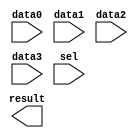
// megafunction wizard: %LPM_MUX%VBB%
// GENERATION: STANDARD
// VERSION: WM1.0
// MODULE: lpm_mux 

// ============================================================
// Megafunction Name(s):
// 			lpm_mux
//
// Simulation Library Files(s):
// 			lpm
// ============================================================
// ************************************************************
// THIS IS A WIZARD-GENERATED FILE. DO NOT EDIT THIS FILE!
//
// 9.0 Build 132 02/25/2009 SJ Web Edition
// ************************************************************

//Copyright (C) 1991-2009 Altera Corporation
//Your use of Altera Corporation's design tools, logic functions 
//and other software and tools, and its AMPP partner logic 
//functions, and any output files from any of the foregoing 
//(including device programming or simulation files), and any 
//associated documentation or information are expressly subject 
//to the terms and conditions of the Altera Program License 
//Subscription Agreement, Altera MegaCore Function License 
//Agreement, or other applicable license agreement, including, 
//without limitation, that your use is for the sole purpose of 
//programming logic devices manufactured by Altera and sold by 
//Altera or its authorized distributors.  Please refer to the 
//applicable agreement for further details.

module mux41_1bit (
	data0,
	data1,
	data2,
	data3,
	sel,
	result);

	input	  data0;
	input	  data1;
	input	  data2;
	input	  data3;
	input	[1:0]  sel;
	output	  result;

endmodule

// ============================================================
// CNX file retrieval info
// ============================================================
// Retrieval info: PRIVATE: INTENDED_DEVICE_FAMILY STRING "Stratix II"
// Retrieval info: PRIVATE: SYNTH_WRAPPER_GEN_POSTFIX STRING "0"
// Retrieval info: CONSTANT: LPM_SIZE NUMERIC "4"
// Retrieval info: CONSTANT: LPM_TYPE STRING "LPM_MUX"
// Retrieval info: CONSTANT: LPM_WIDTH NUMERIC "1"
// Retrieval info: CONSTANT: LPM_WIDTHS NUMERIC "2"
// Retrieval info: USED_PORT: data0 0 0 0 0 INPUT NODEFVAL data0
// Retrieval info: USED_PORT: data1 0 0 0 0 INPUT NODEFVAL data1
// Retrieval info: USED_PORT: data2 0 0 0 0 INPUT NODEFVAL data2
// Retrieval info: USED_PORT: data3 0 0 0 0 INPUT NODEFVAL data3
// Retrieval info: USED_PORT: result 0 0 0 0 OUTPUT NODEFVAL result
// Retrieval info: USED_PORT: sel 0 0 2 0 INPUT NODEFVAL sel[1..0]
// Retrieval info: CONNECT: result 0 0 0 0 @result 0 0 1 0
// Retrieval info: CONNECT: @data 0 0 1 3 data3 0 0 0 0
// Retrieval info: CONNECT: @data 0 0 1 2 data2 0 0 0 0
// Retrieval info: CONNECT: @data 0 0 1 1 data1 0 0 0 0
// Retrieval info: CONNECT: @data 0 0 1 0 data0 0 0 0 0
// Retrieval info: CONNECT: @sel 0 0 2 0 sel 0 0 2 0
// Retrieval info: LIBRARY: lpm lpm.lpm_components.all
// Retrieval info: GEN_FILE: TYPE_NORMAL mux41_1bit.v TRUE
// Retrieval info: GEN_FILE: TYPE_NORMAL mux41_1bit.inc TRUE
// Retrieval info: GEN_FILE: TYPE_NORMAL mux41_1bit.cmp FALSE
// Retrieval info: GEN_FILE: TYPE_NORMAL mux41_1bit.bsf TRUE FALSE
// Retrieval info: GEN_FILE: TYPE_NORMAL mux41_1bit_inst.v FALSE
// Retrieval info: GEN_FILE: TYPE_NORMAL mux41_1bit_bb.v TRUE
// Retrieval info: LIB_FILE: lpm